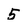
Character: 5